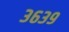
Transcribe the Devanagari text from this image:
३६३९